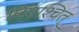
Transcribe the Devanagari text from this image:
पिपश्चित्